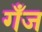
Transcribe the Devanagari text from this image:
गँज